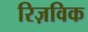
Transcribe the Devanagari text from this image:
रिज़विक